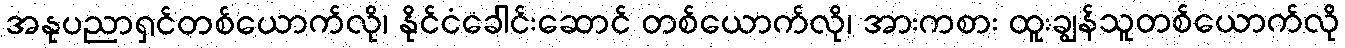
အနုပညာရှင်တစ်ယောက်လို၊ နိုင်ငံခေါင်းဆောင် တစ်ယောက်လို၊ အားကစား ထူးချွန်သူတစ်ယောက်လို